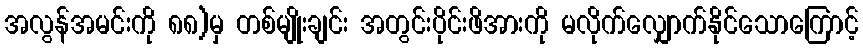
အလွန်အမင်းကို ၈၈)မှ တစ်မျိုးချင်း အတွင်းပိုင်းဖိအားကို မလိုက်လျှောက်နိုင်သောကြောင့်